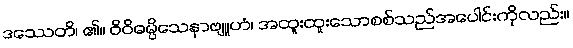
ဒဿေတိ၊ ၏။ ဝိဝိဓမ္ပိသေနာဗျူဟံ၊ အထူးထူးသောစစ်သည်အပေါင်းကိုလည်း။